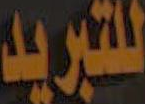
للتبريد